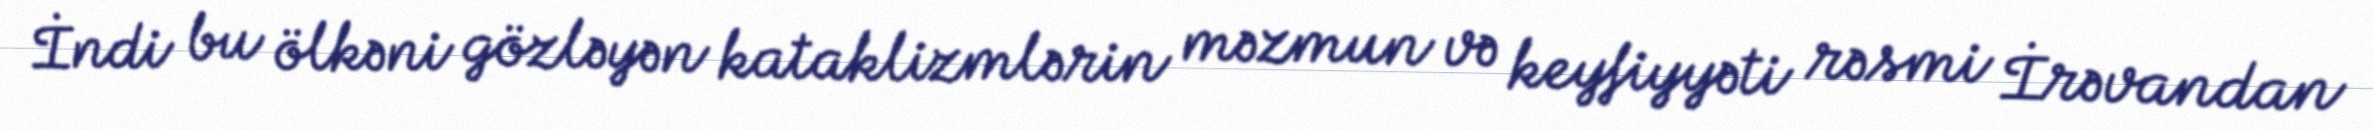
İndi bu ölkəni gözləyən kataklizmlərin məzmun və keyfiyyəti rəsmi İrəvandan